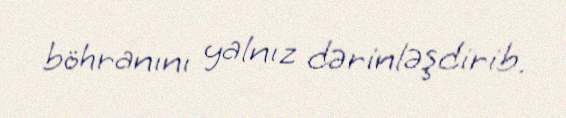
böhranını yalnız dərinləşdirib.